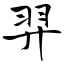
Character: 羿